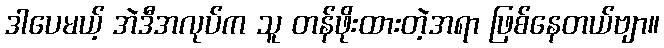
ဒါပေမယ့် အဲဒီအလုပ်က သူ တန်ဖိုးထားတဲ့အရာ ဖြစ်နေတယ်ဗျာ။